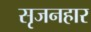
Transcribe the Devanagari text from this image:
सृजनहार